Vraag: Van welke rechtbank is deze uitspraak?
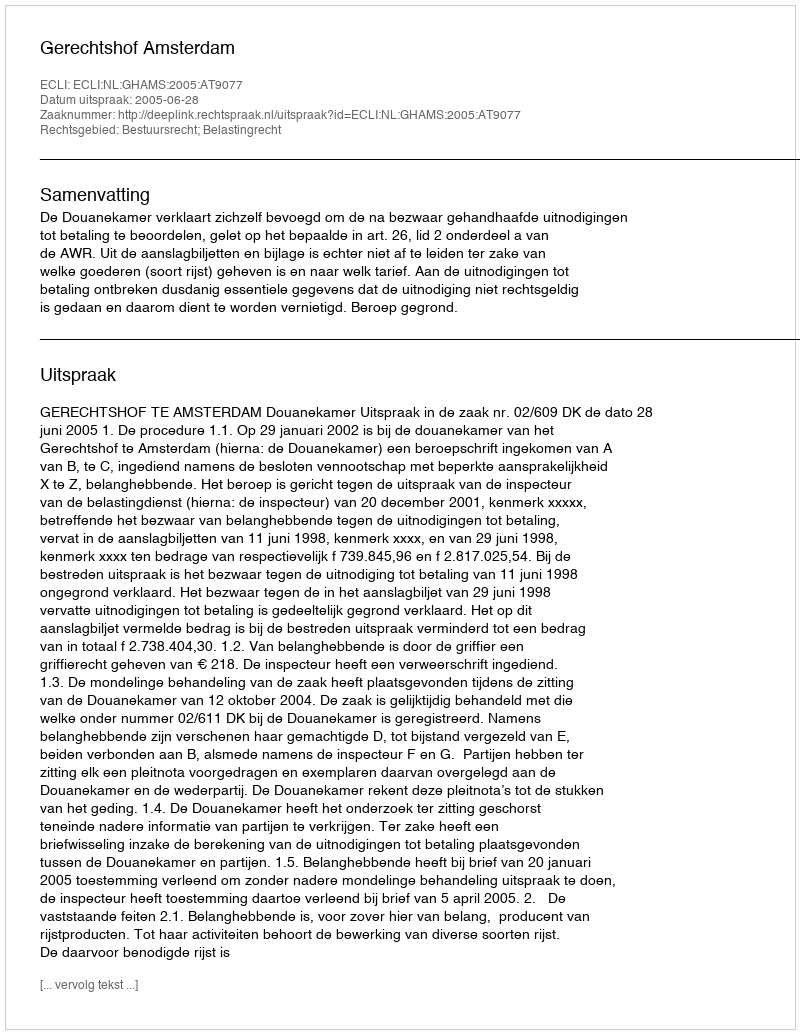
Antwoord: Gerechtshof Amsterdam